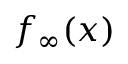
f _ { \infty } ( x )